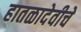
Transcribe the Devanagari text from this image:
हातळादेवीचे